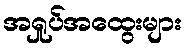
အရှုပ်အထွေးများ